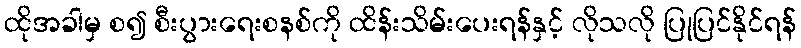
ထိုအခါမှ စ၍ စီးပွားရေးစနစ်ကို ထိန်းသိမ်းပေးရန်နှင့် လိုသလို ပြုပြင်နိုင်ရန်